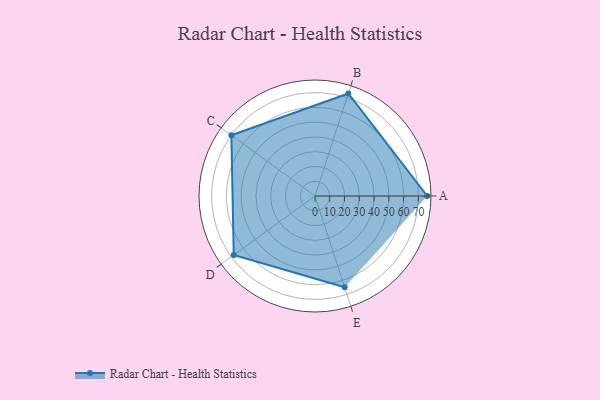
{"axis": {"x": "Skill", "y": "Score"}, "legend": ["Profile"], "data": [{"x": "A", "y": 76.0, "type": "Profile"}, {"x": "B", "y": 73.0, "type": "Profile"}, {"x": "C", "y": 70.0, "type": "Profile"}, {"x": "D", "y": 68.0, "type": "Profile"}, {"x": "E", "y": 65.0, "type": "Profile"}]}